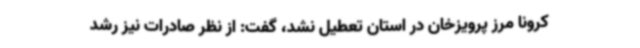
کرونا مرز پرویزخان در استان تعطیل نشد، گفت: از نظر صادرات نیز رشد